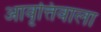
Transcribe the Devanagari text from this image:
आवृत्तिवाला